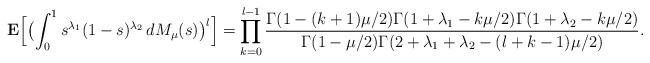
LaTeX: \begin{align*}{\bf{E}} \Bigl[\bigl(\int_0^1 s^{\lambda_1} (1-s)^{\lambda_2} \,dM_\mu(s)\bigr)^l\Bigr] = \prod_{k=0}^{l-1}\frac{\Gamma(1-(k+1)\mu/2)\Gamma(1+\lambda_1-k\mu/2)\Gamma(1+\lambda_2-k\mu/2)}{\Gamma(1-\mu/2)\Gamma(2+\lambda_1+\lambda_2-(l+k-1)\mu/2)}.\end{align*}